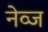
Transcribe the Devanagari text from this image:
नेव्ज